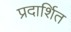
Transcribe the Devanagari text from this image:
प्रदार्शित